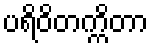
ပရိဝိတက္ကိတာ